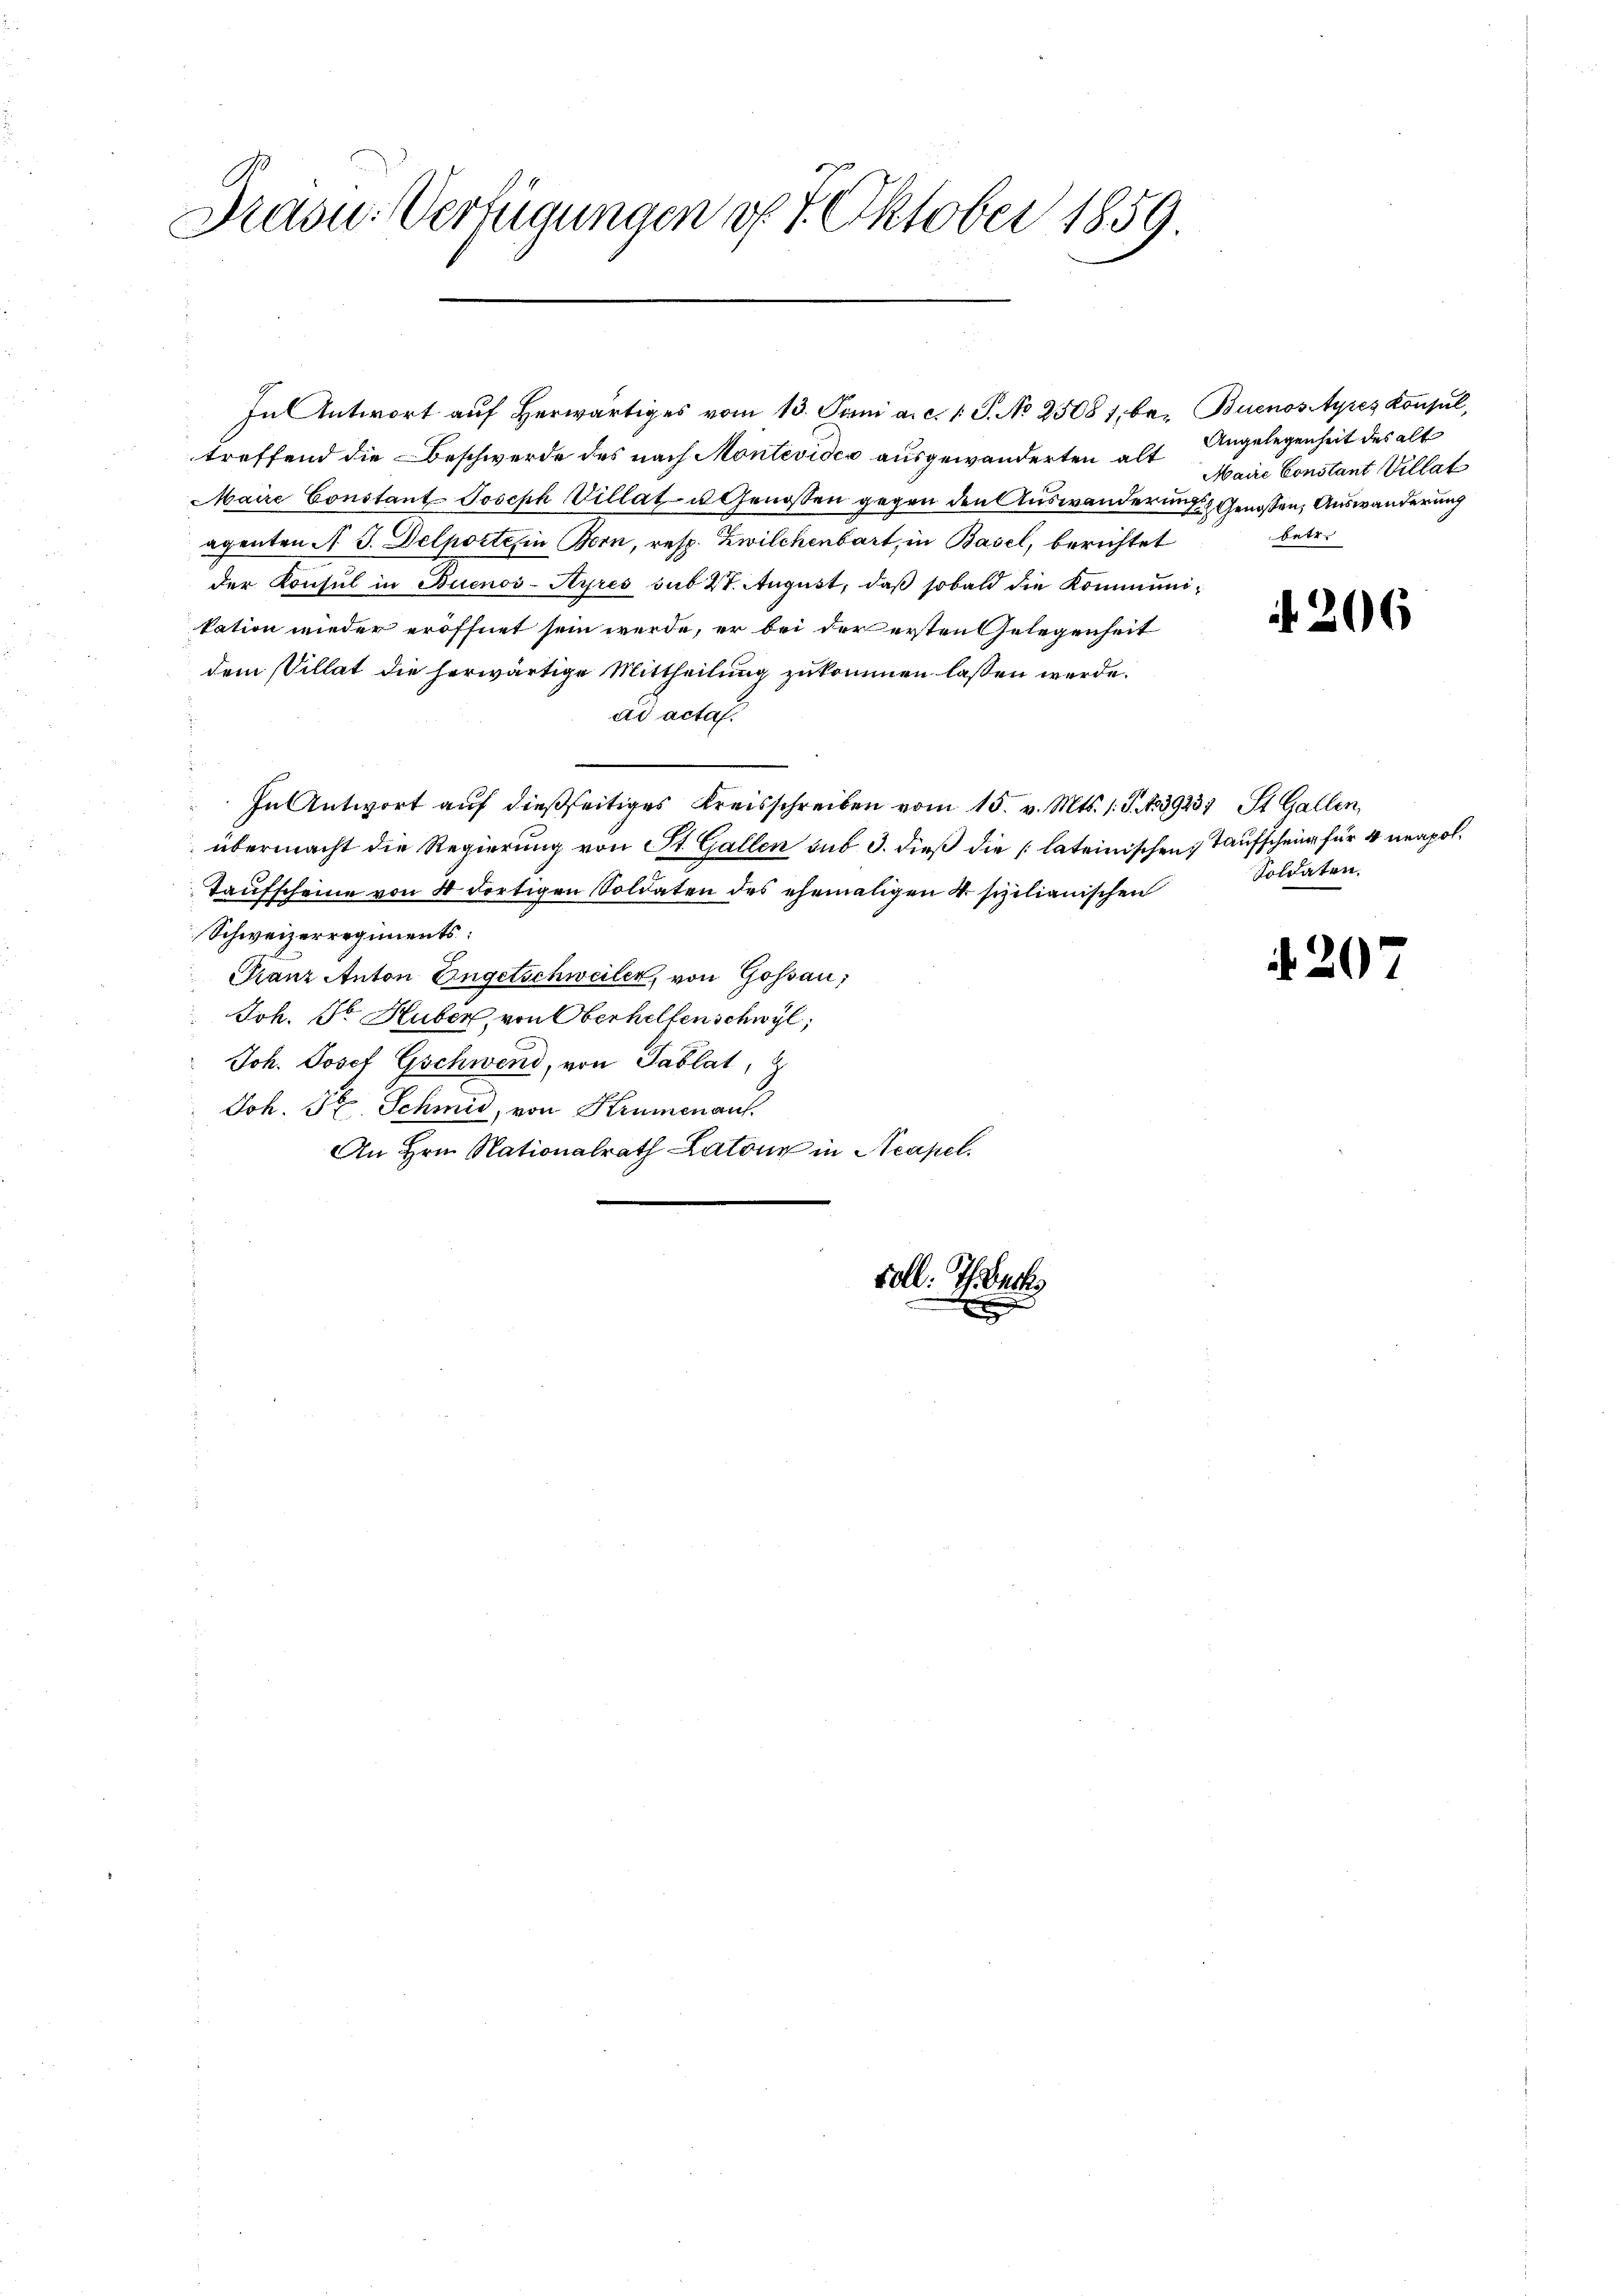
Drasu: Verfügungen d. 1. Oktober 1859

In Antwort aŭf herwärtiges vom 13. Juni a. c. 1 S. No 25087. be- Buenosstyres Konsul,
treffend die Beschwerde des nach Montevides ausgewanderten alt
Maire Constant Joseph Villat u. Genossen gegen den Auswanderungs-Genossen, Auswanderung
agenten A. G. Delporte in Bern, resp. Zwilchenbart, in Basel, berichtet
der Konsul in Buenos-Ayres sub 27. August, daß sobald die Kommunikation wieder eröffnet sein werde, er bei der ersten Gelegenheit
dem Villat die herwärtige Mittheilung zukommen lassen werde.
ad acta.
In Antwort auf dießseitiges Kreisschreiben vom 15. v. Mts. 1. S. 439234 St. Gallen,
übermacht die Regierung von St. Gallen sub 3. dieß die lateinischen Taufschein für 4 neapol¬
Taufscheine von d dortigen Soldaten des ehemaligen 4. schilianischen
Schweizerregiments:
Franz Anton Engetschweiler, von Gossau;
Joh. Sr. Huber, von Oberhelfenschwyl,
Joh. Josef Gschwend, von Tablat,
Joh. St. Schmid, von Krumenant.
An Hrn. Nationalrath Latone in Neapel.

soll: Th. Buchs

Angelegenheit des alt
Maire Constant Villat
betr.

206

Soldaten.

207